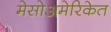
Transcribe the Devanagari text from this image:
मेसोअमेरिकेत